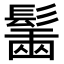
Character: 𩮟